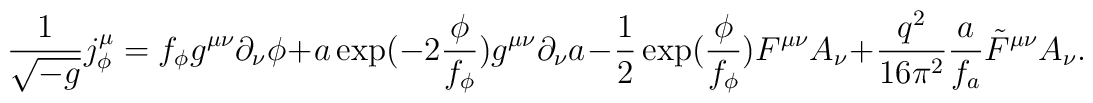
\frac{1}{\sqrt{-g}}j^\mu_\phi=f_\phi g^{\mu\nu}\partial_\nu\phi +a\exp(-2\frac{\phi}{f_\phi})g^{\mu\nu}\partial_\nu a-\frac{1}{2}\exp(\frac{\phi}{f_\phi})F^{\mu\nu}A_\nu+\frac{q^2}{16\pi^2}\frac{a}{f_a}\tilde{F}^{\mu\nu}A_\nu.